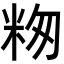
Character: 𬖕